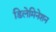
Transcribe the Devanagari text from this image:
डिलेमिनेशन